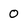
Character: o